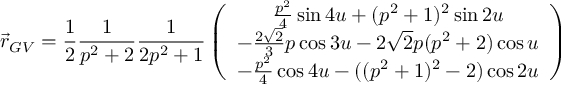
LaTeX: \vec { r } _ { G V } = { \frac { 1 } { 2 } } { \frac { 1 } { p ^ { 2 } + 2 } } { \frac { 1 } { 2 p ^ { 2 } + 1 } } \left( \begin{array} { c } { { { \frac { p ^ { 2 } } { 4 } } \sin { 4 u } + ( p ^ { 2 } + 1 ) ^ { 2 } \sin { 2 u } } } \\ { { - { \frac { 2 \sqrt { 2 } } { 3 } } p \cos { 3 u } - 2 \sqrt { 2 } p ( p ^ { 2 } + 2 ) \cos { u } } } \\ { { - { \frac { p ^ { 2 } } { 4 } } \cos { 4 u } - ( ( p ^ { 2 } + 1 ) ^ { 2 } - 2 ) \cos { 2 u } } } \end{array} \right)